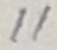
Text: 11